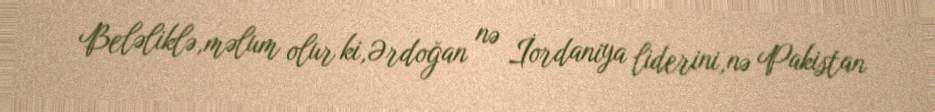
Beləliklə,məlum olur ki,Ərdoğan nə İordaniya liderini,nə Pakistan